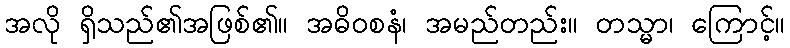
အလို ရှိသည်၏အဖြစ်၏။ အဓိဝစနံ၊ အမည်တည်း။ တသ္မာ၊ ကြောင့်။